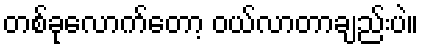
တစ်ခုလောက်တော့ ဝယ်လာတာချည်းပဲ။